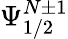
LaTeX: \Psi_{1/2}^{N\pm 1}